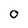
Character: 0